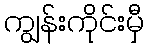
ကျွန်းကိုင်းမှီ